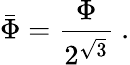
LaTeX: \bar{\Phi}=\frac{\Phi}{2^{\sqrt{3}}}\ .